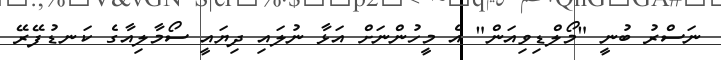
ނަސްރު ބުނީ "މޯލްޑިވިއަން" އެ މީހުންނަށް އަޅާ ނުލައި ދިޔައީ ސޯމާލިއާގެ ކަނޑުފޭރޭ